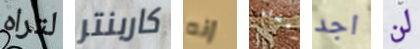
لتراه كاربنتر إنه بعشاء اجد لن